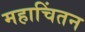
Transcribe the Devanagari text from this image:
महाचिंतन